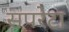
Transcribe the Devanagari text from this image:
सपरेटा